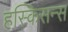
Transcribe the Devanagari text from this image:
हस्किसन्स